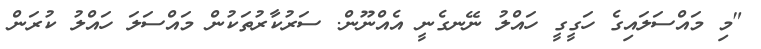
"މި މައްސަލައިގެ ހަގީގީ ހައްލު ނޭނގެނީ އެއްނޫން. ސަރުކާރުތަކުން މައްސަލަ ހައްލު ކުރަން